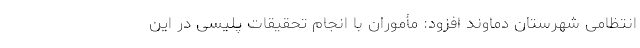
انتظامی شهرستان دماوند افزود: مأموران با انجام تحقیقات پلیسی در این